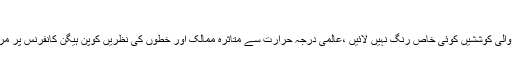
سال 2009ء اور تحفظ ماحولیات کی کوششیں
سن دو ہزار نو میں تحفظ ماحولیات کے لئے کی جانے والی کوششیں کوئی خاص رنگ نہیں لائیں ،عالمی درجہ حرارت سے متاثرہ ممالک اور خطوں کی نظریں کوپن ہیگن کانفرنس پر مرکوز رہیں لیکن یہ کانفرنس بھی امیدوں پوری نہ اتری۔